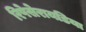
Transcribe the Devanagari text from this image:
रिपेसेरायडिया